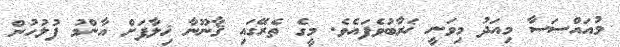
މުއައްސަސާ މިއަދު މިވަނީ ޚަރާބުވެފައެވެ. މީގެ ތެރޭގައި ޤާނޫނާ ޚިލާފަށް އާންމު ފުލުހުން